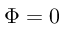
\Phi = 0